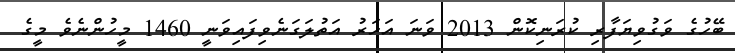
ބޭހުގެ ވަގުވިޔަފާރި ކުރަނިކޮން 2013 ވަނަ އަހަރު އަތުލަގަނެވިފައިވަނީ 1460 މީހުންނެވެ މީގެ